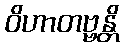
ဝိဟာတဗ္ဗန္တိ